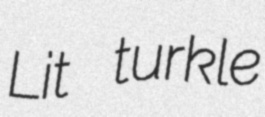
Lit turkle